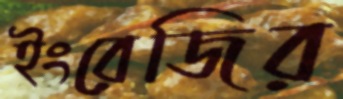
ইংরেজির